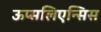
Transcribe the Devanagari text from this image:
ऊप्सलिएन्सिस